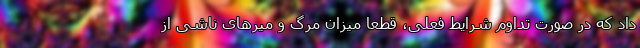
داد که در صورت تداوم شرایط فعلی، قطعا میزان مرگ و میرهای ناشی از